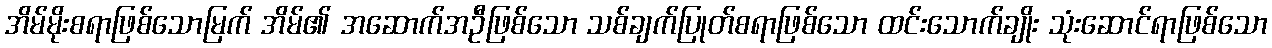
အိမ်မိုးစရာဖြစ်သောမြက် အိမ်၏ အဆောက်အဦဖြစ်သော သစ်ချက်ပြုတ်စရာဖြစ်သော ထင်းသောက်ချိုး သုံးဆောင်ရာဖြစ်သော